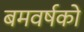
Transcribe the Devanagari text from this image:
बमवर्षको